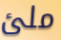
ملئ